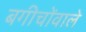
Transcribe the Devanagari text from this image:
बगीचोंवाले